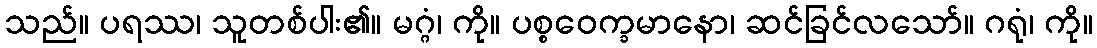
သည်။ ပရဿ၊ သူတစ်ပါး၏။ မဂ္ဂံ၊ ကို။ ပစ္စဝေက္ခမာနော၊ ဆင်ခြင်လသော်။ ဂရုံ၊ ကို။